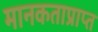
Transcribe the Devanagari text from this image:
मानकताप्राप्त